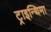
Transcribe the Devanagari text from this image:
ट्राइन्थिमा